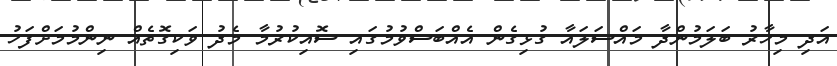
އަދި މިހާރު ބަލަމުންދާ މައްސަލައާ ގުޅިގެން އެއްބަސްވުމުގައި ސޮއިކުރުމާ މެދު ވަކިގޮތެއް ނިންމުމަށްފަހު